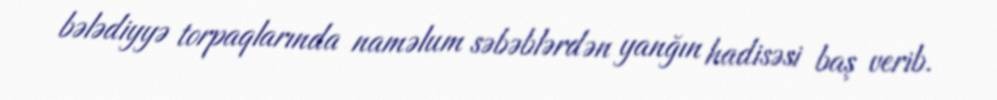
bələdiyyə torpaqlarında naməlum səbəblərdən yanğın hadisəsi baş verib.